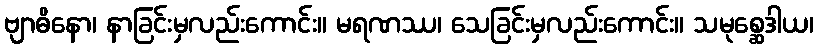
ဗျာဓိနော၊ နာခြင်းမှလည်းကောင်း။ မရဏဿ၊ သေခြင်းမှလည်းကောင်း။ သမုစ္ဆေဒါယ၊